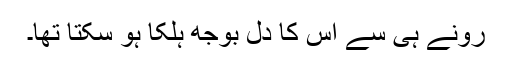
رونے ہی سے اس کا دل بوجھ ہلکا ہو سکتا تھا۔